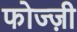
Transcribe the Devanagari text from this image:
फोज्ज़ी